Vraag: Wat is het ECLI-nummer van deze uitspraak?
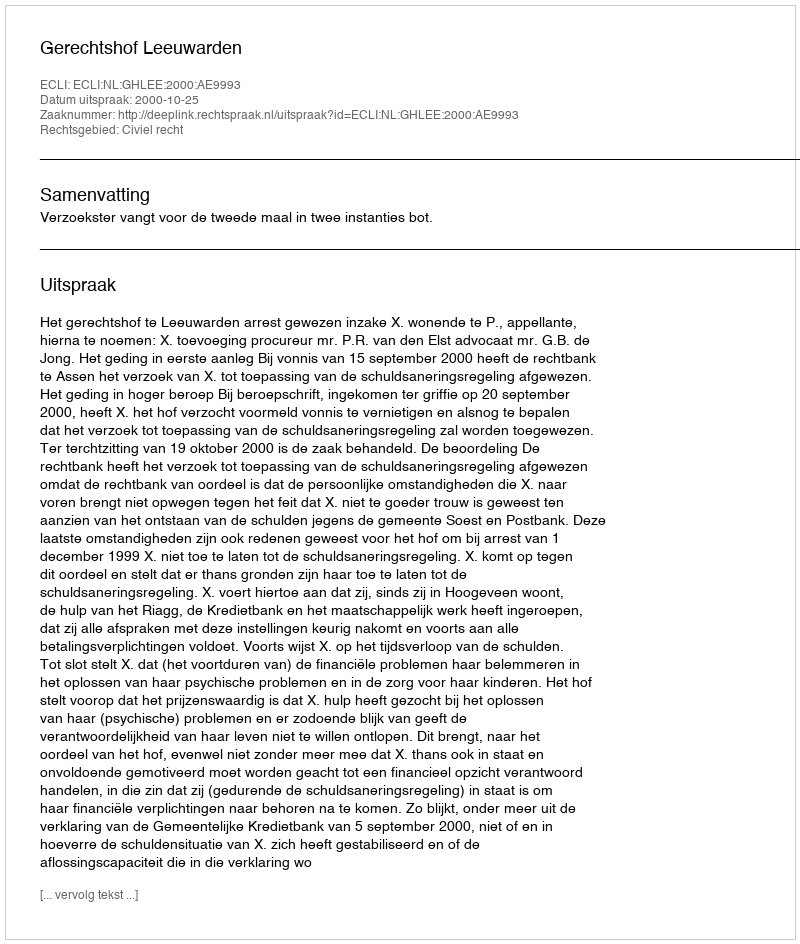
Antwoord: ECLI:NL:GHLEE:2000:AE9993